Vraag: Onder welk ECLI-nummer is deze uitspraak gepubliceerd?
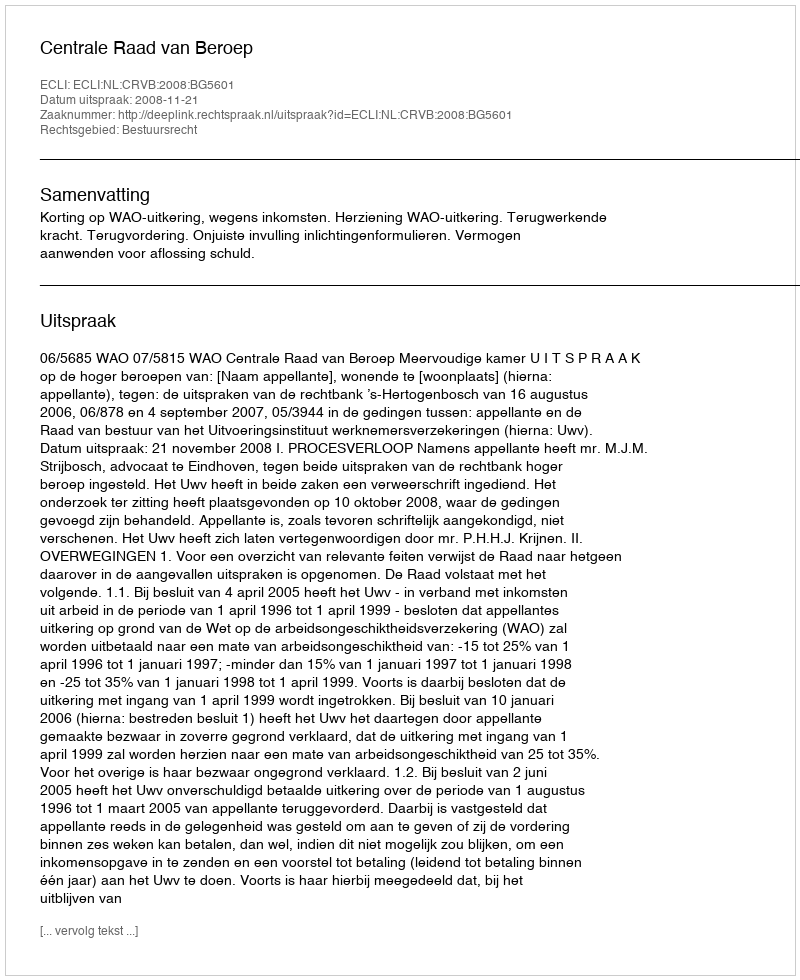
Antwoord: ECLI:NL:CRVB:2008:BG5601